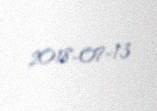
2018-07-13